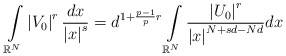
\begin{align*}\int\limits_{\mathbb{R}^{N}}\left\vert V_{0}\right\vert ^{r}\frac{dx}{\left\vert x\right\vert ^{s}}=d^{1+\frac{p-1}{p}r}\int\limits_{\mathbb{R}^{N}}\frac{\left\vert U_{0}\right\vert ^{r}}{\left\vert x\right\vert^{N+sd-Nd}}dx\end{align*}